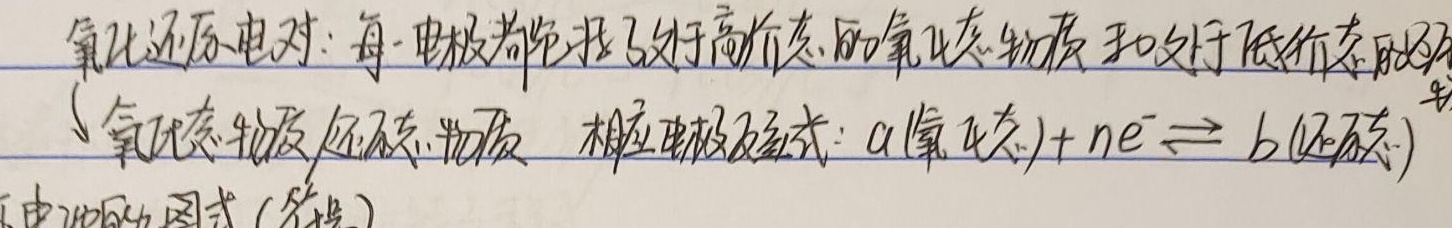
氧化还原电对：每一电极都包括了处于高价态的氧化态物质和处于低价态的还原态物质。相应电极反应式：\(a(\text{氧化态}) + ne^{-}\rightleftharpoons b(\text{还原态})\)